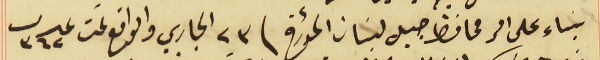
بناء على امر محافظ جبل لبنان المؤرخ فى ٢٣ الجاري والواقع تحت عدد ٣٦٢